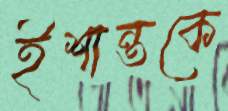
ইশান্তকে